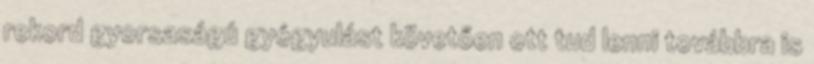
rekord gyorsaságú gyógyulást követően ott tud lenni továbbra is